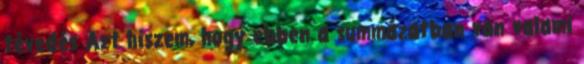
tévedés Azt hiszem, hogy ebben a summázatban van valami